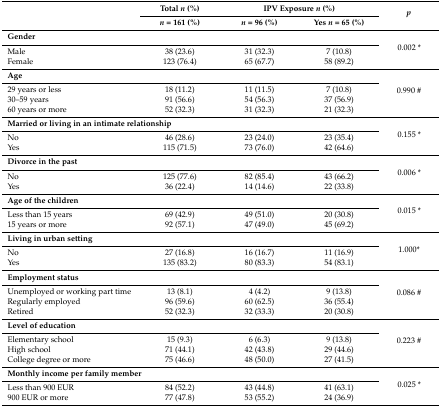
<table><thead><tr><td rowspan="2"></td><td><b>Total <i>n</i> (%)</b></td><td colspan="2"><b>IPV Exposure <i>n</i> (%)</b></td><td rowspan="2"><b><i>p</i></b></td></tr><tr><td><b><i>n</i> = 161 (%)</b></td><td><b><i>n</i> = 96 (%)</b></td><td><b>Yes <i>n</i> = 65 (%)</b></td></tr></thead><tbody><tr><td colspan="4"><b>Gender</b></td><td rowspan="3">0.002 *</td></tr><tr><td>Male</td><td>38 (23.6)</td><td>31 (32.3)</td><td>7 (10.8)</td></tr><tr><td>Female</td><td>123 (76.4)</td><td>65 (67.7)</td><td>58 (89.2)</td></tr><tr><td colspan="4"><b>Age</b></td><td rowspan="4">0.990 #</td></tr><tr><td>29 years or less</td><td>18 (11.2)</td><td>11 (11.5)</td><td>7 (10.8)</td></tr><tr><td>30–59 years</td><td>91 (56.6)</td><td>54 (56.3)</td><td>37 (56.9)</td></tr><tr><td>60 years or more</td><td>52 (32.3)</td><td>31 (32.3)</td><td>21 (32.3)</td></tr><tr><td colspan="4"><b>Married or living in an intimate relationship</b></td><td rowspan="3">0.155 *</td></tr><tr><td>No</td><td>46 (28.6)</td><td>23 (24.0)</td><td>23 (35.4)</td></tr><tr><td>Yes</td><td>115 (71.5)</td><td>73 (76.0)</td><td>42 (64.6)</td></tr><tr><td colspan="4"><b>Divorce in the past</b></td><td rowspan="3">0.006 *</td></tr><tr><td>No</td><td>125 (77.6)</td><td>82 (85.4)</td><td>43 (66.2)</td></tr><tr><td>Yes</td><td>36 (22.4)</td><td>14 (14.6)</td><td>22 (33.8)</td></tr><tr><td colspan="4"><b>Age of the children</b></td><td rowspan="3">0.015 *</td></tr><tr><td>Less than 15 years</td><td>69 (42.9)</td><td>49 (51.0)</td><td>20 (30.8)</td></tr><tr><td>15 years or more</td><td>92 (57.1)</td><td>47 (49.0)</td><td>45 (69.2)</td></tr><tr><td colspan="4"><b>Living in urban setting</b></td><td rowspan="3">1.000*</td></tr><tr><td>No</td><td>27 (16.8)</td><td>16 (16.7)</td><td>11 (16.9)</td></tr><tr><td>Yes</td><td>135 (83.2)</td><td>80 (83.3)</td><td>54 (83.1)</td></tr><tr><td colspan="4"><b>Employment status</b></td><td rowspan="4">0.086 #</td></tr><tr><td>Unemployed or working part time</td><td>13 (8.1)</td><td>4 (4.2)</td><td>9 (13.8)</td></tr><tr><td>Regularly employed</td><td>96 (59.6)</td><td>60 (62.5)</td><td>36 (55.4)</td></tr><tr><td>Retired</td><td>52 (32.3)</td><td>32 (33.3)</td><td>20 (30.8)</td></tr><tr><td colspan="4"><b>Level of education</b></td><td rowspan="4">0.223 #</td></tr><tr><td>Elementary school</td><td>15 (9.3)</td><td>6 (6.3)</td><td>9 (13.8)</td></tr><tr><td>High school</td><td>71 (44.1)</td><td>42 (43.8)</td><td>29 (44.6)</td></tr><tr><td>College degree or more</td><td>75 (46.6)</td><td>48 (50.0)</td><td>27 (41.5)</td></tr><tr><td colspan="4"><b>Monthly income per family member</b></td><td rowspan="3">0.025 *</td></tr><tr><td>Less than 900 EUR</td><td>84 (52.2)</td><td>43 (44.8)</td><td>41 (63.1)</td></tr><tr><td>900 EUR or more</td><td>77 (47.8)</td><td>53 (55.2)</td><td>24 (36.9)</td></tr></tbody></table>